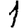
Digit: 1